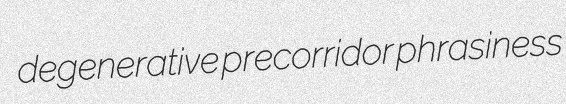
degenerative precorridor phrasiness